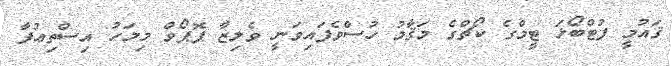
ޤައުމީ ފުޓްބޯޅަ ޓީމްގެ ކޯޗްގެ މަޤާމު ހުސްވެފައިވަނީ ވެލިޒާ ޕޮޕޯވް މިމަހު އިސްތިޢުފާ